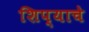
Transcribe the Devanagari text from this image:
शिप्याचे